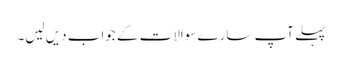
پہلے آپ سارے سوالات کے جواب دیں لیں۔